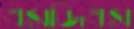
এসজিএস